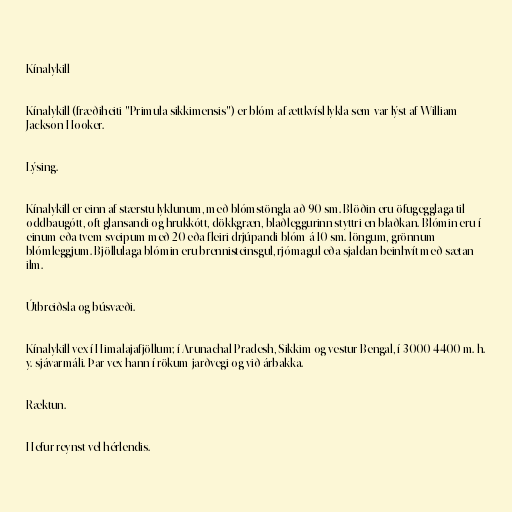
Kínalykill

Kínalykill (fræðiheiti "Primula sikkimensis") er blóm af ættkvísl lykla sem var lýst af William
Jackson Hooker.

Lýsing.

Kínalykill er einn af stærstu lyklunum, með blómstöngla að 90 sm. Blöðin eru öfugegglaga til
oddbaugótt, oft glansandi og hrukkótt, dökkgræn, blaðleggurinn styttri en blaðkan. Blómin eru í
einum eða tvem sveipum með 20 eða fleiri drjúpandi blóm á 10 sm. löngum, grönnum
blómleggjum. Bjöllulaga blómin eru brennisteinsgul, rjómagul eða sjaldan beinhvít með sætan
ilm.

Útbreiðsla og búsvæði.

Kínalykill vex í Himalajafjöllum; í Arunachal Pradesh, Sikkim og vestur Bengal, í 3000-4400 m. h.
y. sjávarmáli. Þar vex hann í rökum jarðvegi og við árbakka.

Ræktun.

Hefur reynst vel hérlendis.